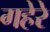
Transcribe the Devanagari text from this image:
गहेरे